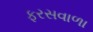
ફરસવાળા